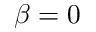
\beta = 0